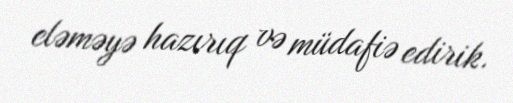
eləməyə hazırıq və müdafiə edirik.